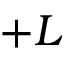
+ L